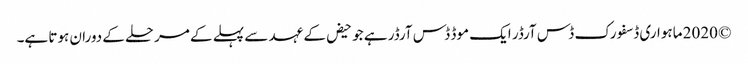
© 2020 ماہواری ڈسفورک ڈس آرڈر ایک موڈ ڈس آرڈر ہے جو حیض کے عہد سے پہلے کے مرحلے کے دوران ہوتا ہے۔